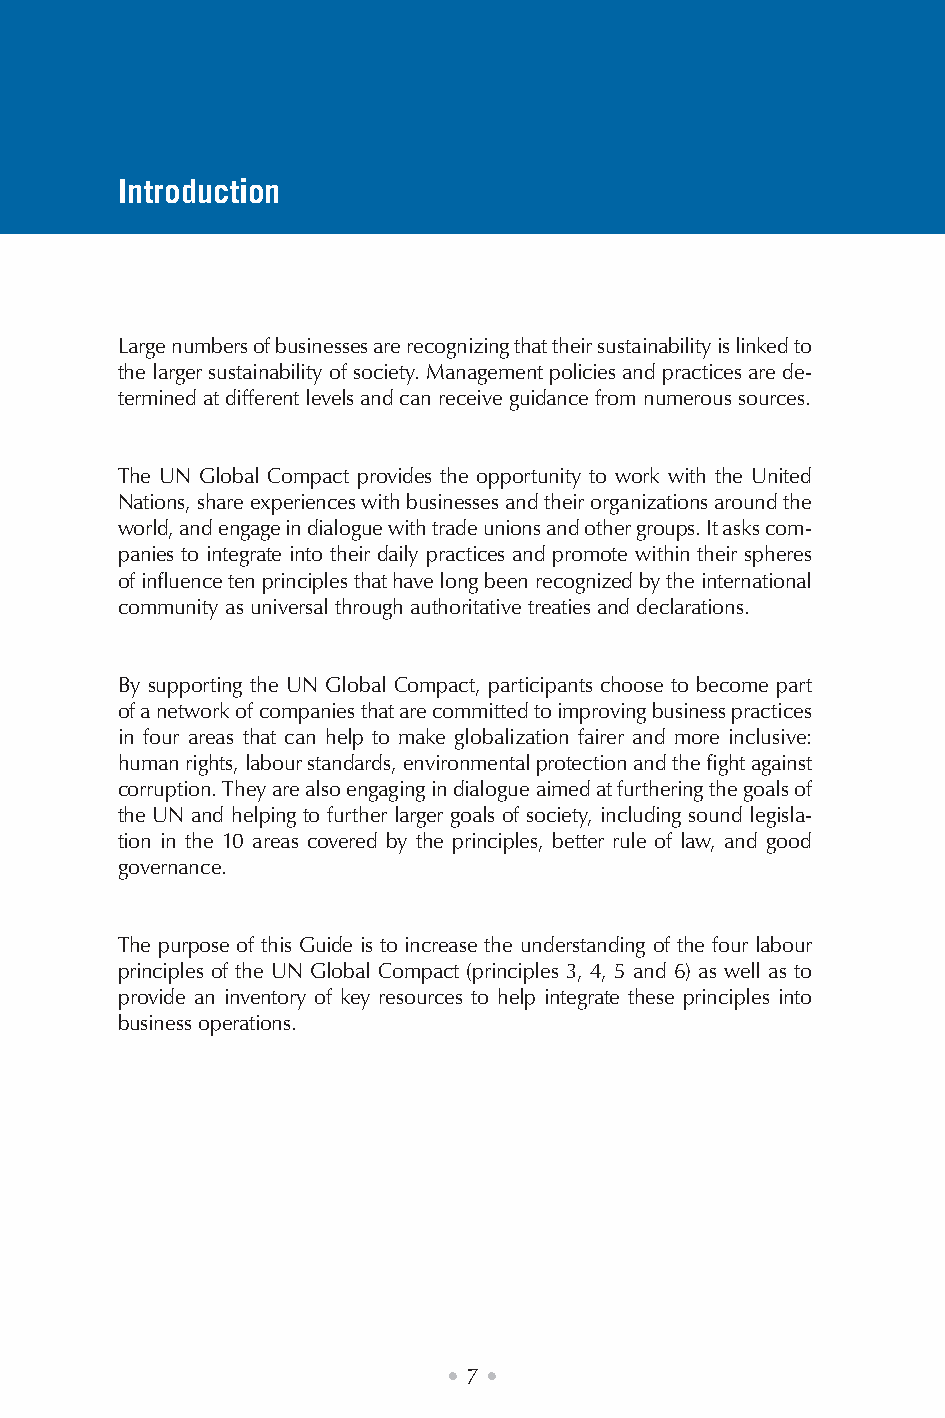
Introduction
 Large numbers of businesses are recognizing that their sustainability is linked to
 the larger sustainability of society. Management policies and practices are de-
 termined at different levels and can receive guidance from numerous sources.
 The UN Global Compact provides the opportunity to work with the United
 Nations, share experiences with businesses and their organizations around the
 world, and engage in dialogue with trade unions and other groups. It asks com-
 panies to integrate into their daily practices and promote within their spheres
 of influence ten principles that have long been recognized by the international
 community as universal through authoritative treaties and declarations.
 By supporting the UN Global Compact, participants choose to become part
 of a network of companies that are committed to improving business practices
 in four areas that can help to make globalization fairer and more inclusive:
 human rights, labour standards, environmental protection and the fight against
 corruption. They are also engaging in dialogue aimed at furthering the goals of
 the UN and helping to further larger goals of society, including sound legisla-
 tion in the 10 areas covered by the principles, better rule of law, and good
 governance.
 The purpose of this Guide is to increase the understanding of the four labour
 principles of the UN Global Compact (principles 3, 4, 5 and 6) as well as to
 provide an inventory of key resources to help integrate these principles into
 business operations.
 • 7 •
 ruobal
 yroslupmoc
 dna
 decrof
 fo
 smrof
 lla
 fo
 noitanimile